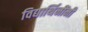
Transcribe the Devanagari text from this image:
विद्यार्थिनींनी